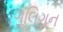
ગૂલિગન